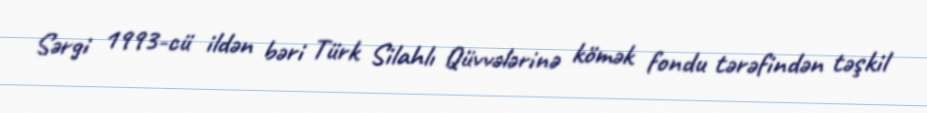
Sərgi 1993-cü ildən bəri Türk Silahlı Qüvvələrinə kömək fondu tərəfindən təşkil